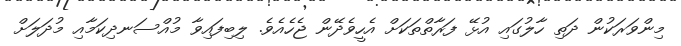
މިންވަރަކުން ދަތި ހާލުގައި އުޅޭ ފަރާތްތަކަށް އެހީވެދޭން ޖެހެއެވެ. ލިބިފައިވާ މުއްސަނދިކަމާއި މުދަލަަށް